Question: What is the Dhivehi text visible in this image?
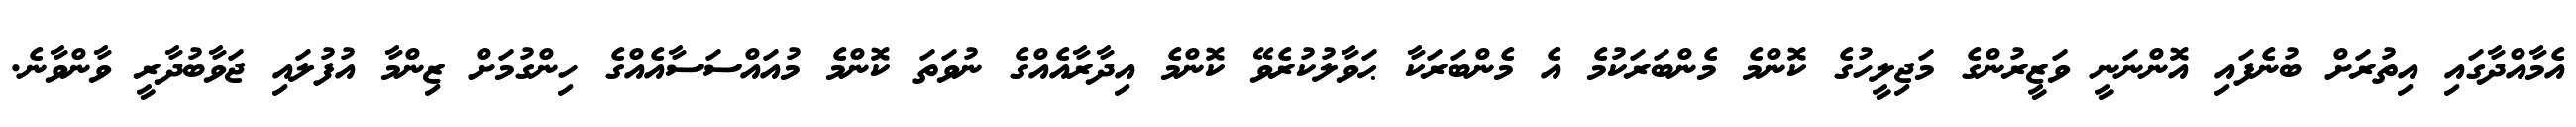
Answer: އެމާއްދާގައި އިތުރަށް ބުނެފައި އޮންނަނީ ވަޒީރުންގެ މަޖިލީހުގެ ކޮންމެ މެންބަރަކުމެ އެ މެންބަރަކާ ޙަވާލުކުރެވޭ ކޮންމެ އިދާރާއެއްގެ ނުވަތަ ކޮންމެ މުއައްސަސާއެއްގެ ހިންގުމަށް ޒިންމާ އުފުލައި ޖަވާބުދާރީ ވާންވާނެ.